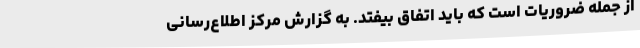
از جمله ضروریات است که باید اتفاق بیفتد. به گزارش مرکز اطلاع‌رسانی